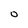
Character: 0